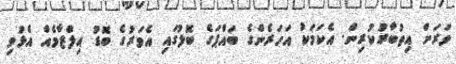
ވަރަށް އިތުބާރުކުރިން. އެކަމަކު އަހަރެންގެ ބައްޕަގެ ބޮލުގައި އެވަރުގެ ބޮޑު އިލްޒާމެއް އެޅުވި